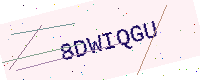
Text: 8DWIQGU